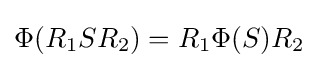
\Phi (R_{1}SR_{2})=R_{1}\Phi (S)R_{2}